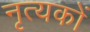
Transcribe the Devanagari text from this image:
नृत्यकों